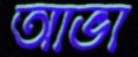
আভা